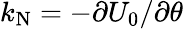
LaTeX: k_{\mathrm{N}}=-\partial U_{0}/\partial\theta